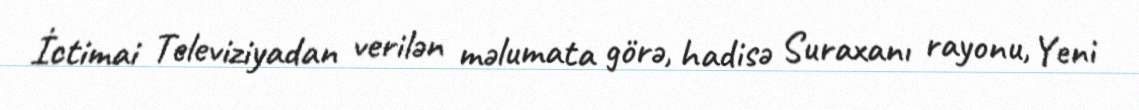
İctimai Televiziyadan verilən məlumata görə, hadisə Suraxanı rayonu, Yeni